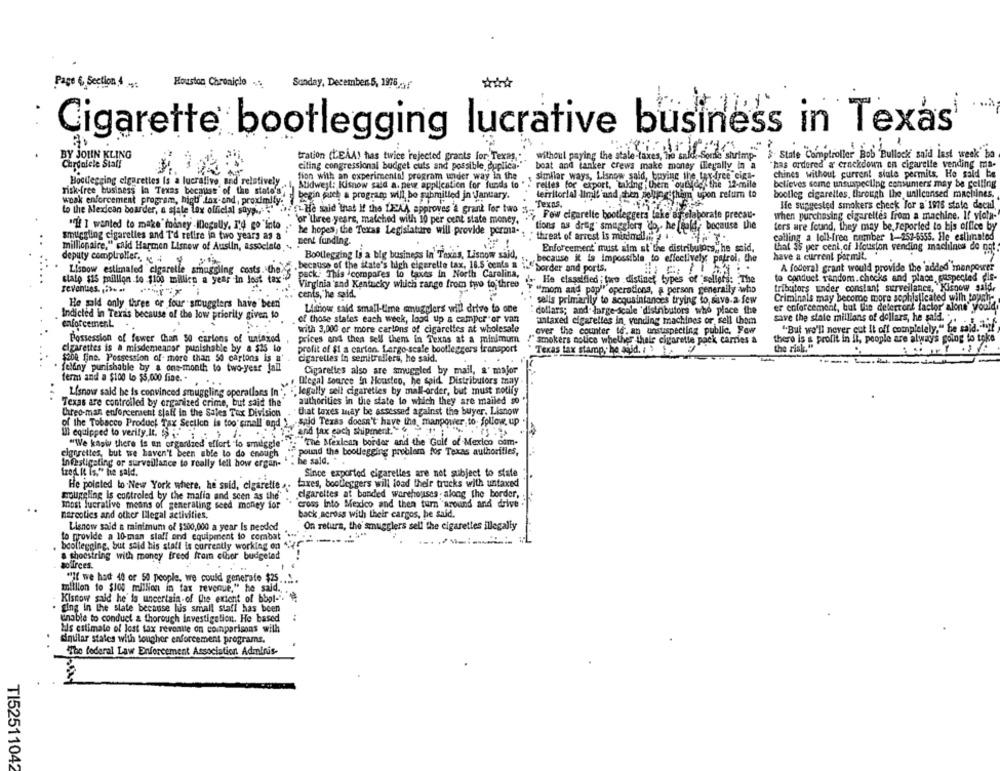
Page 6 Section,4
Houston Chronicle ..
Sunday, December 5, 1976 -/
Cigarette bootlegging lucrative business in Texas
BY JOHN KLING
without paying the stale-taxes, Tre s
tration (LEAA! has twice rejected grants for, Texas ,.
-Sonne shrimp"
State Comptroller Bob Bullock said last week ha
Chronlele Stall
citing congressional budget cuts and possible, duplica."
boat and tanker crews make money illegally in a
"has ordered a crackdown on cigarelle vending ma-
fion with an experimental program under way in the
similar ways, Lisnow said, buying the tax free cina-
chines without current siale permits. He said be
Bootlegging cigarettes Is a lucrative, and relatively
Midwest: Kisnow said a. pev application for funds to
relles for export, taking them "outside' the 12-mile
believes some unsuspecting consumers may be pelling
risk-free business In Texas because of the state's',
boolleg cigarettes, through the unlicensed machines.
wnak enforcement program, highf" lax-and, proximity.
begin jarch a program will, bo submitled in January.
territorial limi! and shen sell them upon refur to
if He said that If the LIKA approves'& grant for two $ .. "
Texas.
He suggested smokers check For a'1975 state decal.
to the Mexican boarder, a state lex official suya ... . "
" Fow cigarelte bootleggers lake ag elaborate precau-
when purchasing cigarettes from a machine. If vich-
'or three years, matched with 10 per cent state money.
"if I wanted to make foiney legally. 1.4 go Into ; he hopes, the Texas Legislature will provide permia. .
tions as drag' smugglers do ,- he ffald, because the
ters are found, they may be, reported to bis office by
suiggling cigarettes and I'd refire in two years as a
Bent funding.
threat of arrest is mirincline 2 4 .
calling a loll-free cnumber 1-252-5555. Ile estimalod
millionaire," said Harmen Lisnew of Auslin, associale
Enforcement must alm at the distributors, he said,
that is per cent of Houston vending machines do pet.
Bootlegging li a big business in Taxis, Lisnow said,
deputy comptroller. 4
because it is Impossible to effectively; patrol, Che
have a current permit.
Lispow estimaled cigaretie smuggling costs. the.
.because of the state's high cigarette tax, 18.5 cents & i " border and ports.
A federal grant would provide the 'added manpower
pack. This compares to taxes in North Carolina,
to conduct random. checks and place, suspected die-
slalo $15 million to $100 million a year in Jeot tax
Virginia and Kentucky which range from two to three
He classified toro distinet types of sellers: The
revenues. .. .
cents, he said.
"mom and pop" operations, a person generally who
tribuitors under constant surveilance, Kisnow said,
sells primarily to acquaintances trying to save-a few
Criminals may become more sophisticated wilh tough-
He sold only three or four smugglers have been
Litiow said small-time smugglers will drive to one
er enforcement, but the delertort factor' alone' would.
Indicted in Texas because of the low priority given to
dollars; and large-scale 'distributors who place the
enforcement
of those states each week, load up a camper"or van
untaxed cigarettes in, vending machines or, sell thom
save the stale millions of dollars, he said."
with 3,000 or more cartons of cigarettes at wholesale
over the counter te'. an unsuspecting public, Fow
"But we'll never cut Il off completely," he said. "url"
Possession of fewer Than 50 cariens of untaxed
prices and then sell them in Texas at a minimum
smokers nolice whether thele cigarette pack carries &
there is & profit in it, people are always going to toke
the risk."
elgarettes is a misdemeanor punishable by a $25 lo
profit of $1 a carton. Large-scale bootleggers transport
Texas tax stamp, he said. ..
$200 fine. Possession of- more than 50 cartons is a'
cigaretles in semitrallers, he said.
feldny punishable by a one-month to two-year fall
Cigarelles also are smuggled by mail, a' major
term and a $100 to $5,000 fine. .
Degal source In Houston, he spid Distributors tray
Lisnow said he is convinced smuggling operations In*
""legally sell cigareties by mail-order, but must notify
...
Texas are controlled by organized crime, but said the
authorities in the state to which they are mailed so
Creo-man enforcement sjali in the Sales Tax Division
that taxes may be assessed against the buyer. Lisnow
of the Tobacco Product Tax Section is too small end }, said Texas doesn't have the, manpower to follow up
and tax each shipment. 4.
Ill equipped to verify. It. $$ ..
"We kasty there is an organized effort to smuggle
: The Mexican border and the Gulf of Mexico com-
elgurettes, but we haven't been able to do enough
pound the bootlegging problem for Texas authorities,
Infastigating or surveillance to really tell how ergan-
: he sald.
fred. it is," he said.
Since exported cigaretles are not subject to state
He pointed to New York where, he said, cigarette ..
taxes, bootleggers will load their trucks with untaxed
cigarettes at bonded warehouses along the border,
mouggling is controled by the mafia and scen as the"
most lucrative means of generaling seed money for
cross Into Mexico and then turn around and drive
marcoties and other Ilegal activities,
back across with their cargos, he said.
Lisnow said a minimum of $500,000 a year Is needed
On retura, the' smugglers sell the cigarettes illegally
to provide a 10 man siall and equipment to combat ".
booltegning, but said his staff is currently working on
a shoestring with money freed from clhier budgeted
aofirces.
"If we had 40 or 50 people, we could generate $25.
million to $100 million in tax revenue," he said .,
Kisnow said he is uncertain-of the extent of bbol-".
ging in the slate because luis small staff has been
unable to conduct a thorough Investigation. He based
tis calimale of lost tax revenue on comparisons with
dinular states with tougher enforcement programs.
The federal Law Enforcement Association Adminis-
T152511042